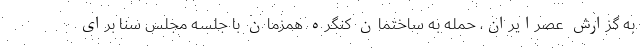
به گزارش عصرایران، حمله به ساختمان کنگره همزمان با جلسه مجلس سنا برای